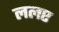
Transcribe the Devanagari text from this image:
ललए